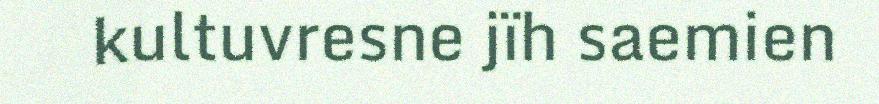
kultuvresne jïh saemien